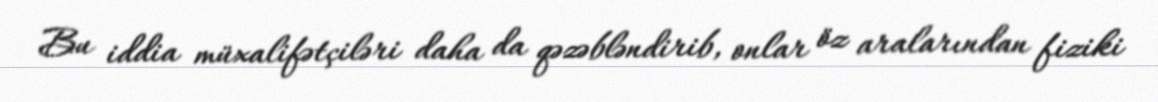
Bu iddia müxalifətçiləri daha da qəzəbləndirib, onlar öz aralarından fiziki